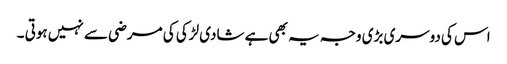
اس کی دوسری بڑی وجہ یہ بھی ہے شادی لڑکی کی مرضی سے نہیں ہوتی ۔